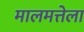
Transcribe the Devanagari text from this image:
मालमत्तेला